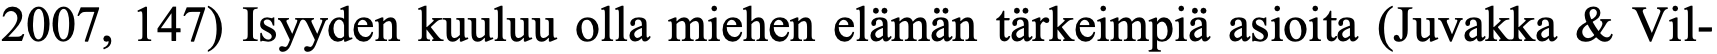
2007, 147) Isyyden kuuluu olla miehen elämän tärkeimpiä asioita (Juvakka & Vil-